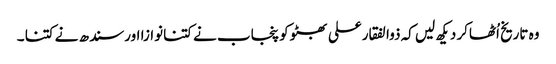
وہ تاریخ اُٹھاکر دیکھ لیں کہ ذوالفقارعلی بھٹوکو پنجاب نے کتنانوازا اورسندھ نے کتنا ۔